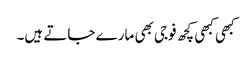
کبھی کبھی کچھ فوجی بھی مارے جاتے ہیں۔